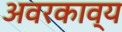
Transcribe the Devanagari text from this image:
अवरकाव्य